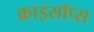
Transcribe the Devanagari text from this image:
क्राइसॉप्स